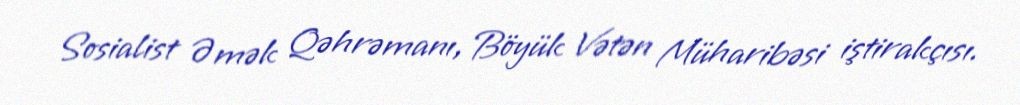
Sosialist Əmək Qəhrəmanı, Böyük Vətən Müharibəsi iştirakçısı.